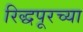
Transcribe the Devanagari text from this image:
रिद्धपूरच्या